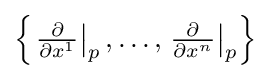
{\textstyle \left\{\left.{\frac {\partial }{\partial x^{1}}}\right|_{p},\dots ,\left.{\frac {\partial }{\partial x^{n}}}\right|_{p}\right\}}